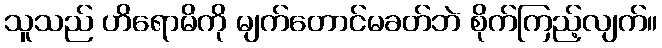
သူသည် ဟိရောမိကို မျက်တောင်မခတ်ဘဲ စိုက်ကြည့်လျက်။